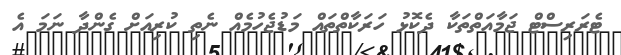
ޓެރަރިސްޓް ޖަމާއަތްތަކާ ދެކޮޅު ހަރަކާތްތައް މަޑުޖެހުމެއް ނެތި ކުރިއަށް ގެންްދާ ނަމަ އެ